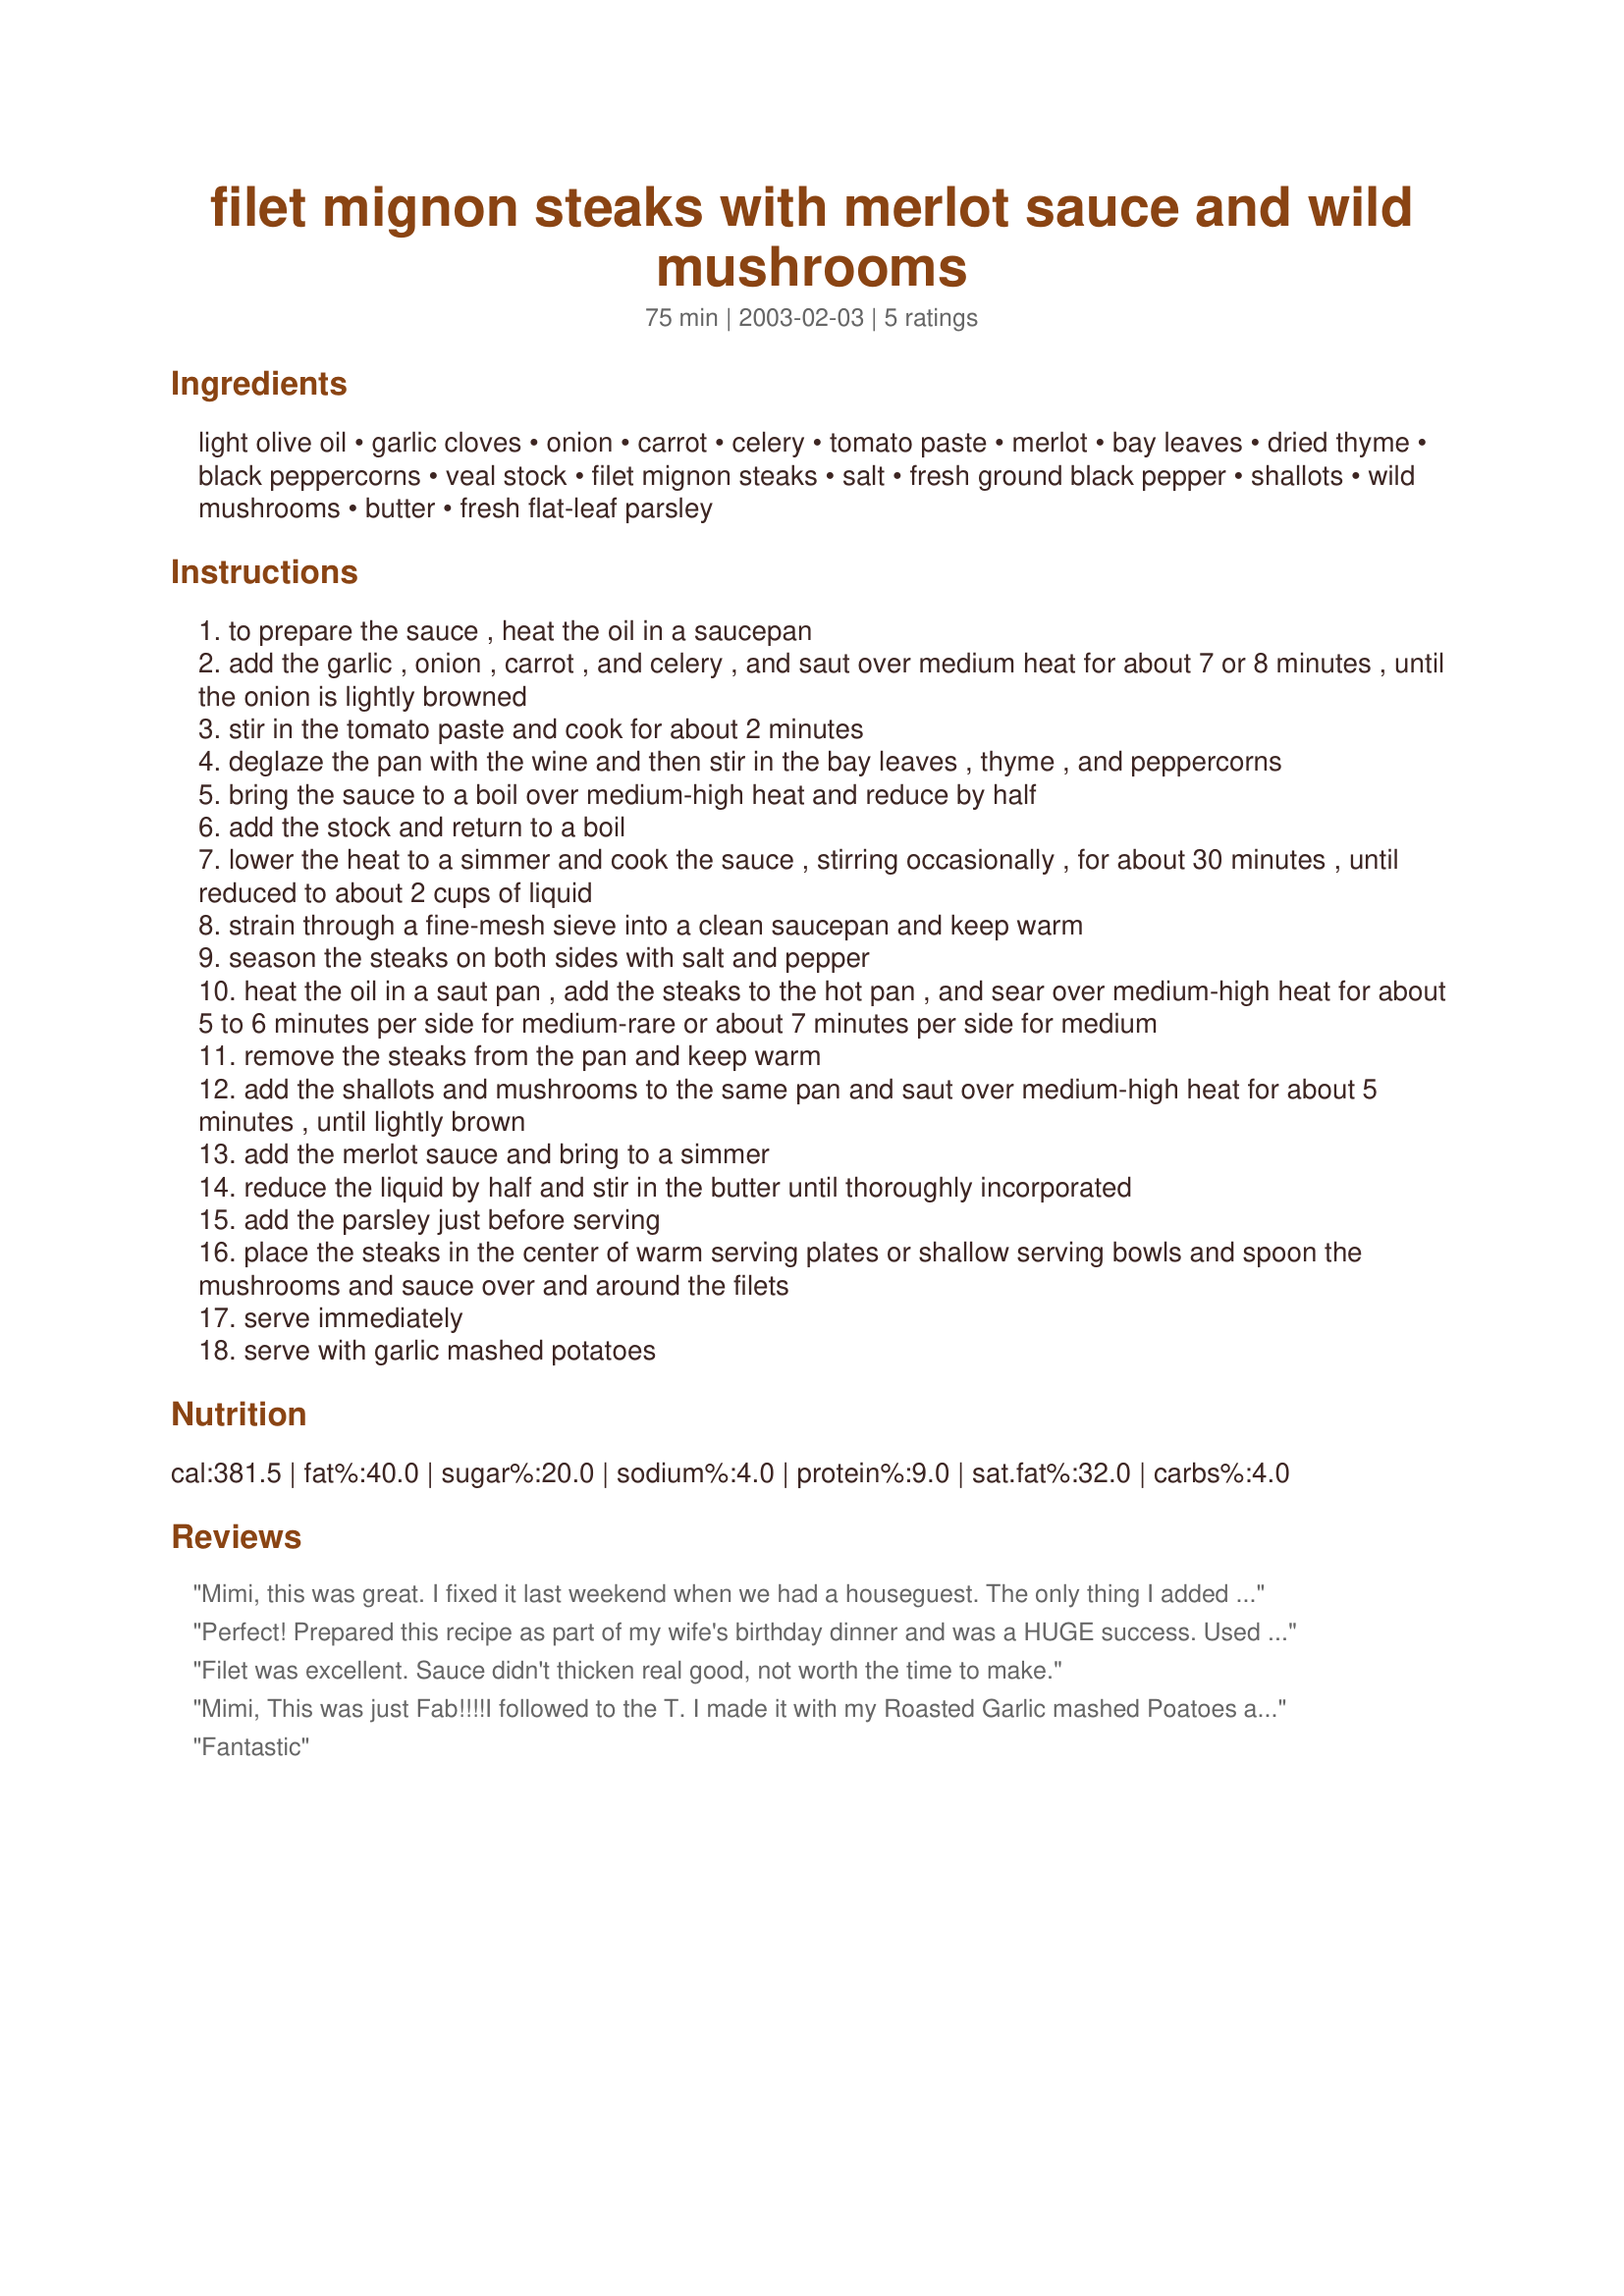
filet mignon steaks with merlot sauce and wild mushrooms
Preparation time: 75 minutes

Ingredients:
light olive oil, garlic cloves, onion, carrot, celery, tomato paste, merlot, bay leaves, dried thyme, black peppercorns, veal stock, filet mignon steaks, salt, fresh ground black pepper, shallots, wild mushrooms, butter, fresh flat-leaf parsley

Steps:
to prepare the sauce , heat the oil in a saucepan
add the garlic , onion , carrot , and celery , and saut over medium heat for about 7 or 8 minutes , until the onion is lightly browned
stir in the tomato paste and cook for about 2 minutes
deglaze the pan with the wine and then stir in the bay leaves , thyme , and peppercorns
bring the sauce to a boil over medium-high heat and reduce by half
add the stock and return to a boil
lower the heat to a simmer and cook the sauce , stirring occasionally , for about 30 minutes , until reduced to about 2 cups of liquid
strain through a fine-mesh sieve into a clean saucepan and keep warm
season the steaks on both sides with salt and pepper
heat the oil in a saut pan , add the steaks to the hot pan , and sear over medium-high heat for about 5 to 6 minutes per side for medium-rare or about 7 minutes per side for medium
remove the steaks from the pan and keep warm
add the shallots and mushrooms to the same pan and saut over medium-high heat for about 5 minutes , until lightly brown
add the merlot sauce and bring to a simmer
reduce the liquid by half and stir in the butter until thoroughly incorporated
add the parsley just before serving
place the steaks in the center of warm serving plates or shallow serving bowls and spoon the mushrooms and sauce over and around the filets
serve immediately
serve with garlic mashed potatoes

Reviews:
Mimi, this was great. I fixed it last weekend when we had a houseguest. The only thing I added was some cream at the end to thicken the gravy a bit more. I put the steaks into the gravy after they were done, and the presentation was wonderful. I will fix this again for sure.

Perfect! Prepared this recipe as part of my wife's birthday dinner and was a HUGE success. Used brown italian 'shrooms because of availability. Complex, intense flavor - use a decent wine, I decided on a pinot noir because of a "windfall" in the cellar.
Filet was excellent. Sauce didn't thicken real good, not worth the time to make.
Mimi, This was just Fab!!!!I followed to the T. I made it with my Roasted Garlic mashed Poatoes and Cauliflower #46925.
Thank You for sharing!!!!
Fantastic
